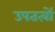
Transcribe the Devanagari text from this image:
उपतत्वों